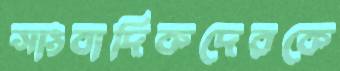
সাংবাদিকদেরকে